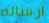
ارساله